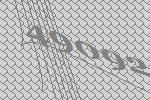
49092